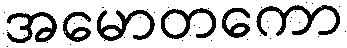
အမောတကော